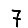
Digit: 7